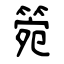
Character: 箢